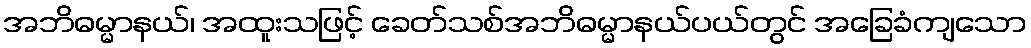
အဘိဓမ္မာနယ်၊ အထူးသဖြင့် ခေတ်သစ်အဘိဓမ္မာနယ်ပယ်တွင် အခြေခံကျသော